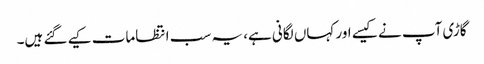
گاڑی آپ نے کیسے اور کہاں لگانی ہے، یہ سب انتظامات کیے گئے ہیں۔